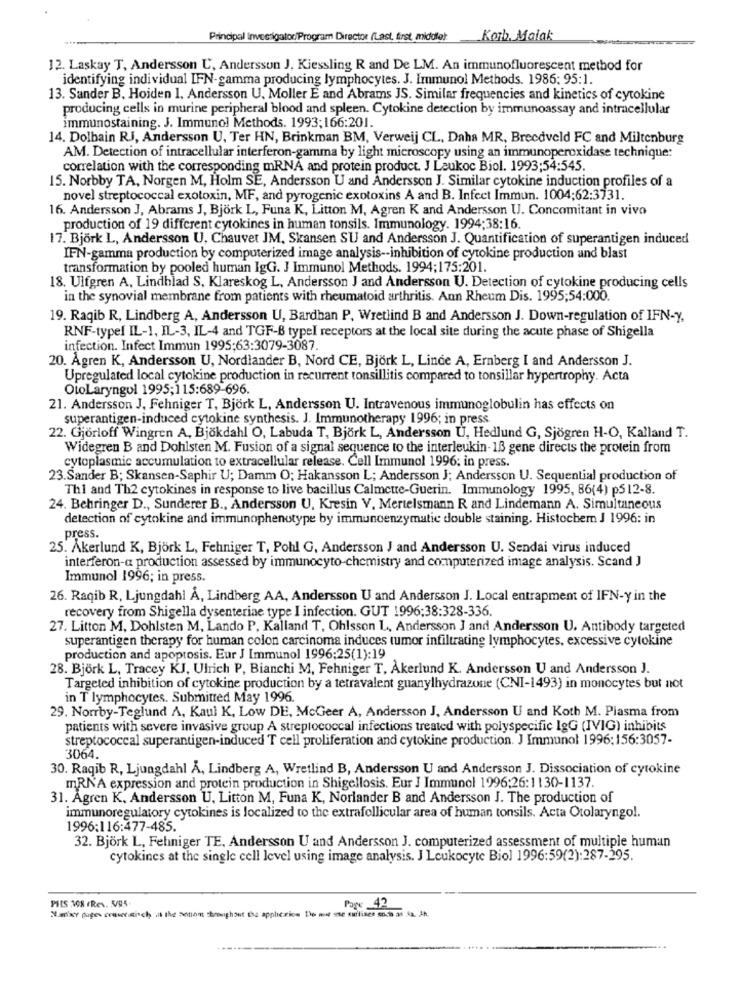
Principal Investigator Program Director (Last, first, middle)
Korb. Malak
12. Laskay T, Andersson U, Andersson J. Kiessling R and De LM. An immunofluorescent method for
identifying individual IFN-gamma producing lymphocytes. J. Immunol Methods. 1986; 95:1.
13. Sander B. Hoiden 1. Andersson U. Moller E and Abrams JS. Similar frequencies and kinetics of cytokine
producing cells in murine peripheral blood and spleen. Cytokine detection by immunoassay and intracellular
immunostaining. J. Immunol Methods. 1993;166:201.
14. Dolbain RJ, Andersson U. Ter HN, Brinkman BM, Verweij CL, Daha MR, Breedveld FC and Miltenburg
AM. Detection of intracellular interferon-gamma by light microscopy using an immunoperoxidase technique:
correlation with the corresponding mRNA and protein product. J Leukoc Biol. 1993;54:545.
15. Norbby TA, Norgen M, Holm SE, Andersson U and Andersson J. Similar cytokine induction profiles of a
novel streptococcal exotoxin, MF, and pyrogenic exotoxins A and B. Infect Immun. 1004;62:3731.
16. Andersson J, Abrams J, Björk L, Funa K, Litton M, Agren K and Andersson U. Concomitant in vivo
production of 19 different cytokines in human tonsils. Immunology. 1994:38:16.
17. Björk L, Andersson U, Chauvet JM, Skansen SU and Andersson J. Quantification of superantigen induced
IFN-gamma production by computerized image analysis -- inhibition of cytokine production and blast
transformation by pooled human IgG. J Immunol Methods. 1994;175:201.
18. Ulfgren A, Lindblad S, Klareskog L, Andersson J and Andersson U. Detection of cytokine producing cells
in the synovial membrane from patients with rheumatoid arthritis. Ann Rheum Dis. 1995;54:000.
19. Ragib R, Lindberg A, Andersson U, Bardhan P, Wretlind B and Andersson J. Down-regulation of IFN-Y,
RNF-typef IL-1, IL-3, IL-4 and TGF-B typel receptors at the local site during the acute phase of Shigella
infection. Infect Immun 1995;63:3079-3087.
20. Ågren K, Andersson U, Nordlander B, Nord CE, Björk L, Linde A, Ernberg I and Andersson J.
Upregulated local cytokine production in recurrent tonsillitis compared to tonsillar hypertrophy. Acta
OtoLaryngol 1995;115:689-696
21. Andersson J, Fehniger T, Björk L, Andersson U. Intravenous immunoglobulin has effects on
superantigen-induced cytokine synthesis. J. Immunotherapy 1996; in press
22. Gjörloff Wingren A, Bjökdahl O, Labuda T, Björk L, Andersson Ù, Hedlund G, Sjögren H-O, Kalland T.
Widegren B and Dohlsten M. Fusion of a signal sequence to the interleukin-16 gene directs the protein from
cytoplasmic accumulation to extracellular release. Cell Immunol 1996; in press.
23.Sander B; Skansen-Saphir U; Damm O; Hakansson L; Andersson J; Andersson U. Sequential production of
Thi and Th2 cytokines in response to live bacillus Calmette-Guerin. Immunology 1995, 86(4) p5 12-8.
24. Behringer D ., Sunderer B ., Andersson U, Kresin V. Mertelsmann R and Lindemann A. Simultaneous
detection of cytokine and immunophenotype by immunoenzymatic double staining. Histochem J 1996: in
press.
25. Åkerlund K, Björk L, Fehniger T, Pohl G, Andersson J and Andersson U. Sendai virus induced
interferon-a production assessed by immunocyto-chemistry and computerized image analysis. Scand J
Immunol 1996; in press.
26. Raqib R, Ljungdahl Å, Lindberg AA, Andersson U and Andersson J. Local entrapment of IFN-y in the
recovery from Shigella dysenteriae type I infection. GUT 1996:38:328-336.
27. Litton M, Dohlsten M, Lando P, Kalland T, Ohlsson L, Andersson ] and Andersson U. Antibody targeted
superantigen therapy for human colon carcinoma induces tumor infiltrating lymphocytes, excessive cytokine
production and apoptosis. Eur J Immunol 1996:25(1):19
28. Björk L, Tracey KJ, Ulrich P, Bianchi M, Fehniger T, Åkerlund K. Andersson U and Andersson J.
Targeted inhibition of cytokine production by a tetravalent guanylhydrazone (CNI-1493) in monocytes but not
in T lymphocytes. Submitted May 1996.
29. Norrby-Teglund A, Kaul K, Low DE, McGeer A, Andersson J. Andersson U and Koth M. Plasma from
patients with severe invasive group A streptococcal infections treated with polyspecific IgG (IVIG) inhibits
streptococcal superantigen-induced T cell proliferation and cytokine production. J Immunol 1996:156:3057-
3064.
30. Raqib R, Ljungdahl Å, Lindberg A, Wretlind B, Andersson U and Andersson J. Dissociation of cytokine
mRNA expression and protein production in Shigellosis. Eur J Immunol 1996:26:1130-1137.
31. Agren K, Andersson U, Litton M, Funa K, Norlander B and Andersson J. The production of
immunoregulatory cytokines is localized to the extrafollicular area of human tonsils. Acta Otolaryngol.
1996:116:477-485.
32. Björk L, Fehniger TE, Andersson U and Andersson J. computerized assessment of multiple human
cytokines at the single cell level using image analysis. J Leukocyte Biol 1996:59(2):287-295.
PILS 108 FRev. 5/95-
Page _42